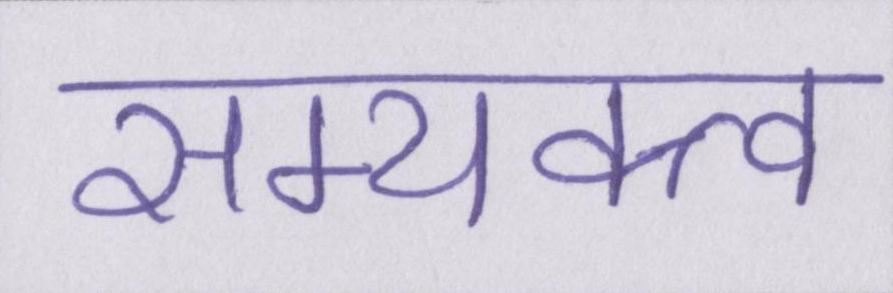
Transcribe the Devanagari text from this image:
सम्यक्त्व